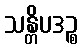
သန္တိပဒဉ္စ